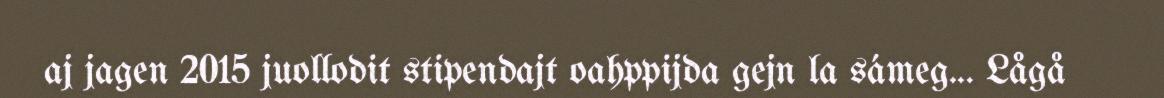
aj jagen 2015 juollodit stipendajt oahppijda gejn la sámeg... Lågå